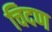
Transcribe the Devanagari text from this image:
चिदण